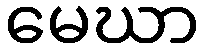
မေဃာ